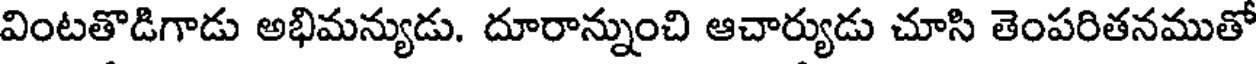
వింటతొడిగాడు అభిమన్యుడు. దూరాన్నుంచి ఆచార్యుడు చూసి తెంపరితనముతో